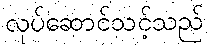
လုပ်ဆောင်သင့်သည်